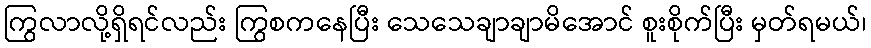
ကြွလာလို့ရှိရင်လည်း ကြွစကနေပြီး သေသေချာချာမိအောင် စူးစိုက်ပြီး မှတ်ရမယ်၊